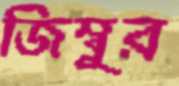
জিম্বুর